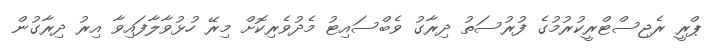
ޕްރީ ރެޖިސްޓްރީކުރުމުގެ ފުރުސަތު ދިރާގު ވެބްސައިޓު މެދުވެރިކޮށް މިރޭ ހުޅުވާލާފައިވާ އިރު ދިރާގުން